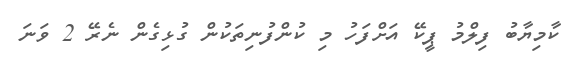
ކާމިޔާބު ފިލްމު ޕީކޭ އަށްފަހު މި ކުންފުނިތަކުން ގުޅިގެން ނެރޭ 2 ވަނަ